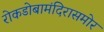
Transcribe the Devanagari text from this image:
रोकडोबामंदिरासमोर